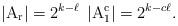
LaTeX: \begin{align*}\left \lvert \mathrm{A_r} \right \rvert = 2^{k-\ell} ~ \left \lvert \mathrm{A_1^c} \right \rvert = 2^{k-c\ell}. \end{align*}